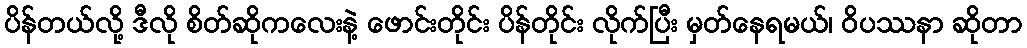
ပိန်တယ်လို့ ဒီလို စိတ်ဆိုကလေးနဲ့ ဖောင်းတိုင်း ပိန်တိုင်း လိုက်ပြီး မှတ်နေရမယ်၊ ဝိပဿနာ ဆိုတာ